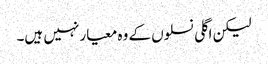
لیکن اگلی نسلوں کے وہ معیار نہیں ہیں۔